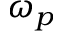
\omega _ { p }